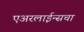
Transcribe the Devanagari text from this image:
एअरलाईन्सचा